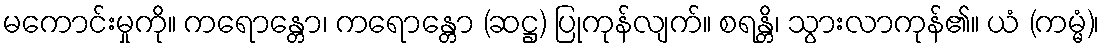
မကောင်းမှုကို။ ကရောန္တော၊ ကရောန္တော (ဆဋ္ဌ) ပြုကုန်လျက်။ စရန္တိ၊ သွားလာကုန်၏။ ယံ (ကမ္မံ)၊